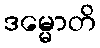
ဒမ္မောတိ